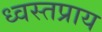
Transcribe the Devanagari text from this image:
ध्वस्तप्राय